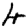
Digit: 4